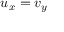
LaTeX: u _ { x } = v _ { y }